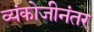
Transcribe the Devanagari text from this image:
व्यंकोजीनंतर